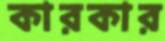
কারকার